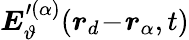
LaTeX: \boldsymbol{E}_{\vartheta}^{\prime(\alpha)}(\boldsymbol{r}_{d}\! -\! \boldsymbol{r}_{\alpha},t)